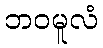
ဘဝမူလံ